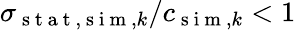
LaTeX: \sigma_{\mathrm{~s~t~a~t~},\mathrm{~s~i~m~},k}/c_{\mathrm{~s~i~m~},k}<1\